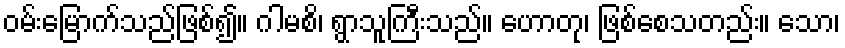
ဝမ်းမြောက်သည်ဖြစ်၍။ ဂါမစိ၊ ရွာသူကြီးသည်။ ဟောတု၊ ဖြစ်စေသတည်း။ သော၊